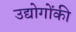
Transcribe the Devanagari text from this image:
उद्योगोंकी